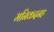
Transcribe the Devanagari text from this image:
मनिकदनह